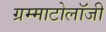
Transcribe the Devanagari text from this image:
ग्रम्माटोलॉजी